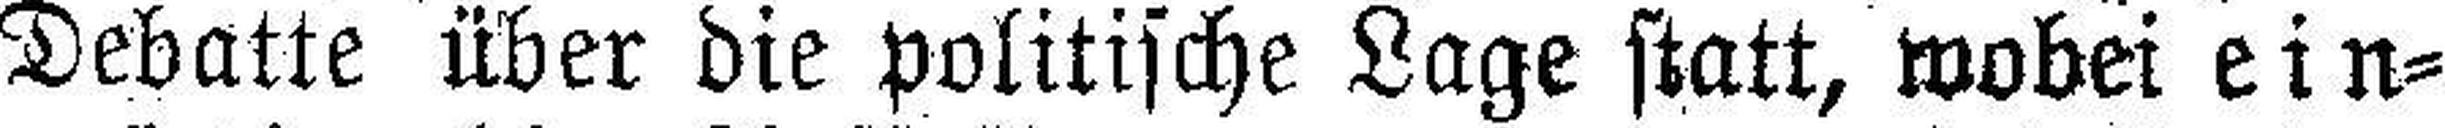
Debatte über die politische Lage statt, wobei ein¬